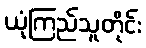
ယုံကြည်သူတိုင်း